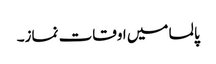
پالما میں اوقات نماز۔